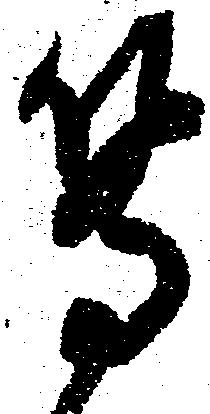
等